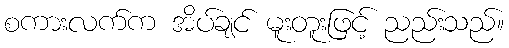
စကားလက်က အိပ်ချင် မူးတူးဖြင့် ညည်းသည်။